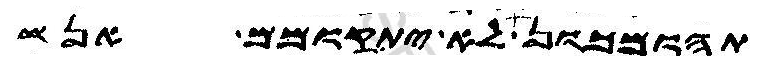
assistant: תהומכון לא יתקומם אנש